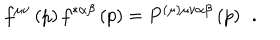
LaTeX: f ^ { \mu \nu } \left( p \right) f ^ { * \alpha \beta } \left( p \right) = P ^ { ( \mu ) \mu \nu \alpha \beta } \left( p \right) \; \, .